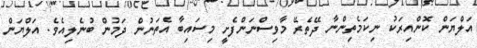
އަލްޔަން ކޮންއިރަކު ނިކަމެތިންނާ ދޭތެރޭ މާވިސްނަންފެށީ މިސައިބާ އެތަނުން ދަމުން ބުނެލިއެވެ. އަލްޔަން